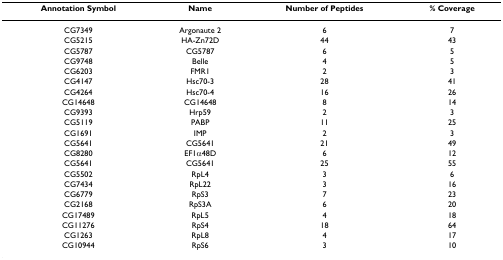
<table><thead><tr><td><b>Annotation Symbol</b></td><td><b>Name</b></td><td><b>Number of Peptides</b></td><td><b>% Coverage</b></td></tr></thead><tbody><tr><td>CG7349</td><td>Argonaute 2</td><td>6</td><td>7</td></tr><tr><td>CG5215</td><td>HA-Zn72D</td><td>44</td><td>43</td></tr><tr><td>CG5787</td><td>CG5787</td><td>6</td><td>5</td></tr><tr><td>CG9748</td><td>Belle</td><td>4</td><td>5</td></tr><tr><td>CG6203</td><td>FMR1</td><td>2</td><td>3</td></tr><tr><td>CG4147</td><td>Hsc70-3</td><td>28</td><td>41</td></tr><tr><td>CG4264</td><td>Hsc70-4</td><td>16</td><td>26</td></tr><tr><td>CG14648</td><td>CG14648</td><td>8</td><td>14</td></tr><tr><td>CG9393</td><td>Hrp59</td><td>2</td><td>3</td></tr><tr><td>CG5119</td><td>PABP</td><td>11</td><td>25</td></tr><tr><td>CG1691</td><td>IMP</td><td>2</td><td>3</td></tr><tr><td>CG5641</td><td>CG5641</td><td>21</td><td>49</td></tr><tr><td>CG8280</td><td>EF1α48D</td><td>6</td><td>12</td></tr><tr><td>CG5641</td><td>CG5641</td><td>25</td><td>55</td></tr><tr><td>CG5502</td><td>RpL4</td><td>3</td><td>6</td></tr><tr><td>CG7434</td><td>RpL22</td><td>3</td><td>16</td></tr><tr><td>CG6779</td><td>RpS3</td><td>7</td><td>23</td></tr><tr><td>CG2168</td><td>RpS3A</td><td>6</td><td>20</td></tr><tr><td>CG17489</td><td>RpL5</td><td>4</td><td>18</td></tr><tr><td>CG11276</td><td>RpS4</td><td>18</td><td>64</td></tr><tr><td>CG1263</td><td>RpL8</td><td>4</td><td>17</td></tr><tr><td>CG10944</td><td>RpS6</td><td>3</td><td>10</td></tr></tbody></table>